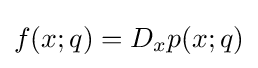
f(x;q)=D_{x}p(x;q)